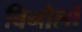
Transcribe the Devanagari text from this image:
बिनौलों